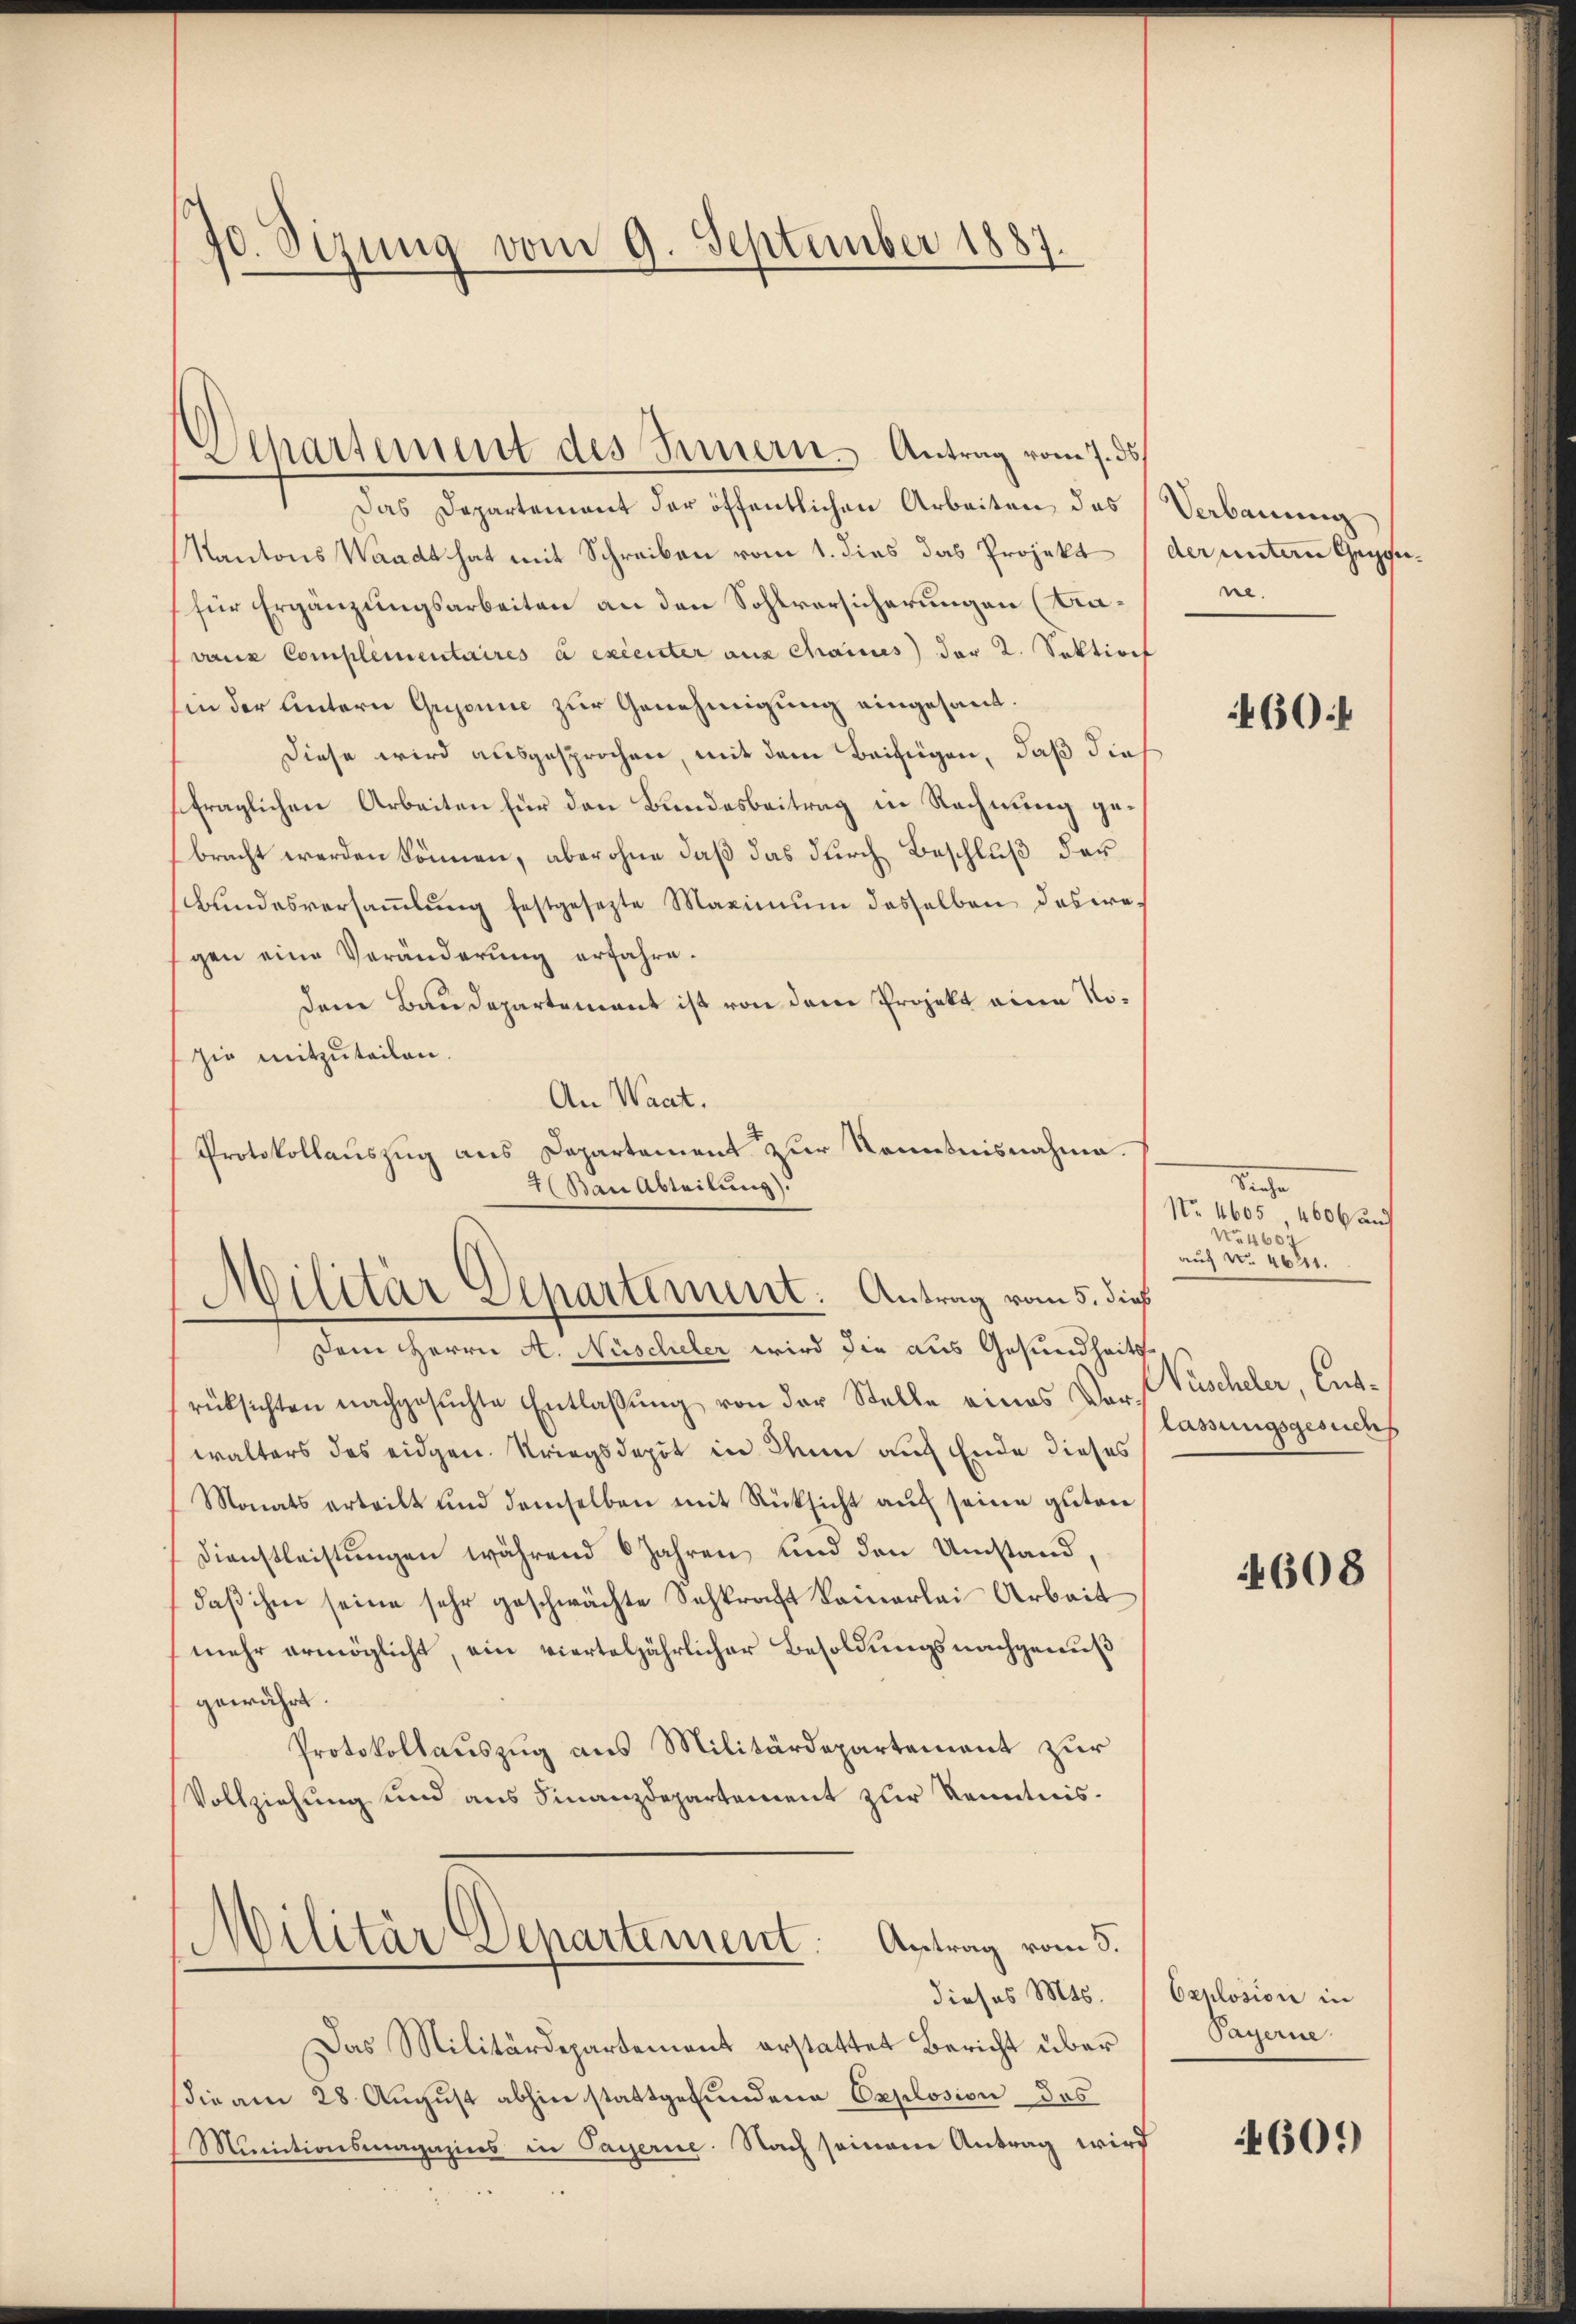
70. Sizung vom 9. September 1887.

Departement des Innern. Antrag vom 7. ds
Das Departement der öffentlichen Arbeiten, das
Kantons Waadt hat mit Schreiben vom 1. dies das Projekt (der untern Gegen¬
(für Ergänzungsarbeiten an den Sohlversicherungen (Bavanz Complementaires à exécuter aus Chaius) der 2. Sektiret
hin der untern Gujonie zur Genehmigung eingesand¬
Diese wird ausgesprochen, mit dem Beifügen, daß dies
fraglichen Arbeiten für den Bundesbeitrag in Rechnung gebracht werden können, aber ohne daß das durch Beschluß der
Bundesversaṁlŭng festgesezte Maximŭm desselben das wegen eine Veränderung erfahre.
dem Baudepartement ist von dem Projekt eine Nosie mitzuteilen.
An Waat.
Protokollauszug aus Departement zur Kenntnisnahme.
Ban Abteilung).

Dem Herrn A. Nüscheler wird die aus Gesundheits
rücksichten nachgesŭchte Entlaßung von der Stelle eines Vor-Vüscheler, Ent-
walters des eidgen. Kriegsdepot in denn auf Ende dieses
Monats erteilt und demselben mit Rücksicht aŭf seine guten
Dienstleistungen während 6 Jahren, und den Umstand,
daß ihm seine sehr geschwächte Sehkraft keinerlei Arbeit
mehr ermöglicht, ein vierteljährlicher Besoldungsnachgenuß
gewährt.
Protokollauszug aus Militärdepartement zur
Vollziehung und aus Finanzdepartement zur Kenntnis¬
Militär Departement. Antrag vom 5.
.
dieses Mts.
Das Militärdepartement erstattet Bericht über
sie am 28 August abhin stattgefundene Explosion des
Minctionsmagazins in Payerne. Nach seinem Antrag wird

Militär Departement. Antrag vom 5. dies

Verbauung
ne.

460.

Sache
No. 4605 4606 auf
No 460
auf No 4621.

lassungsgesuches

608

Oxplosion in
Payerne

4609